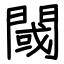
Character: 閾